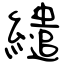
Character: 繾